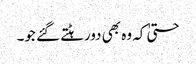
حتیٰ کہ وہ بھی دورہٹتے گئے جو۔